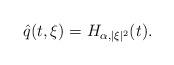
LaTeX: \begin{align*} \hat{q}(t,\xi)=H_{\alpha,|\xi|^2}(t).\end{align*}